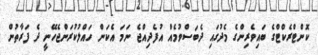
ކޮންޓްރެކްޓްގެ ބައިވެރިންގެ މެދުގައި ދެބަސްވުމެއް އުފެދިއްޖެ ނަމަ އެކަން ހައްލުކުރަންޖެހޭނީ ދެ ފަރާތުން